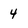
Character: 4